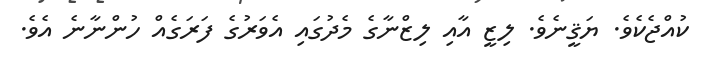
ކުއްޖެކެވެ. ޔަޤީނެވެ. ލިޒީ އާއި ލިޒްނާގެ މެދުގައި އެވަރުގެ ފަރަގެއް ހުންނާނެ އެވެ.